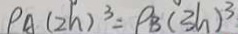
\rho A ( 2 h ) ^ { 3 } = \rho _ { B } ( 3 h ) ^ { 3 }